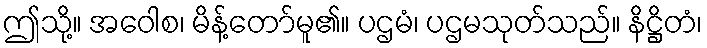
ဤသို့။ အဝေါစ၊ မိန့်တော်မူ၏။ ပဌမံ၊ ပဌမသုတ်သည်။ နိဋ္ဌိတံ၊